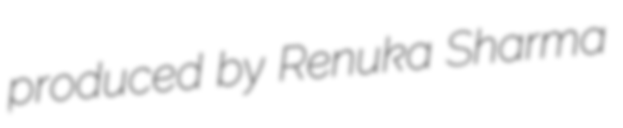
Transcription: produced by Renuka Sharma